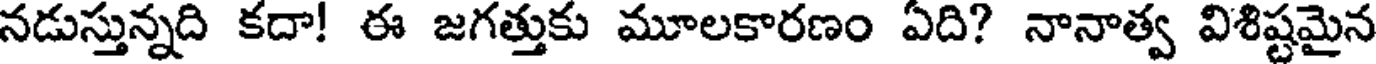
నడుస్తున్నది కదా! ఈ జగత్తుకు మూలకారణం ఏది? నానాత్వ విశిష్టమైన